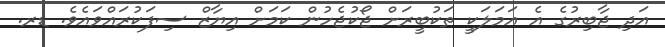
އަދި ޖާބިރުގެ އެ އަމަަލަކީ ތަކުބީރަށް ޖޯކުޖެހުން ކަމަށް އިޔާޒް ސިފަކުރައްވައެވެ. ޑރ.